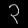
Digit: ၃